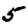
Digit: 5